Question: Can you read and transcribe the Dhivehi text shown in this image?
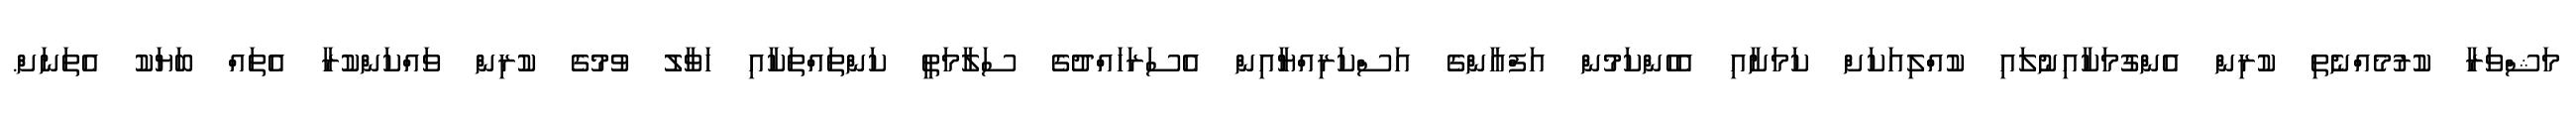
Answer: މަޝްވަރާ ކުރުމެއްނެތި ކުރިން އެންގުމަކާއިނުލައި ކުއްލިއަކަށް ކަމަށާއި އެހެންކަމުން އަފްޣާންގެ އަސްކަރިއްޔާއިން އެސަރަހައްދުގެ ސަލާމަތީ ކަންތައްތަކާއި ހަވާލު ވުމުގެ ކުރިން ވައްކަންކުރާ އެތައް ބަޔަކު އެތަނަށް.